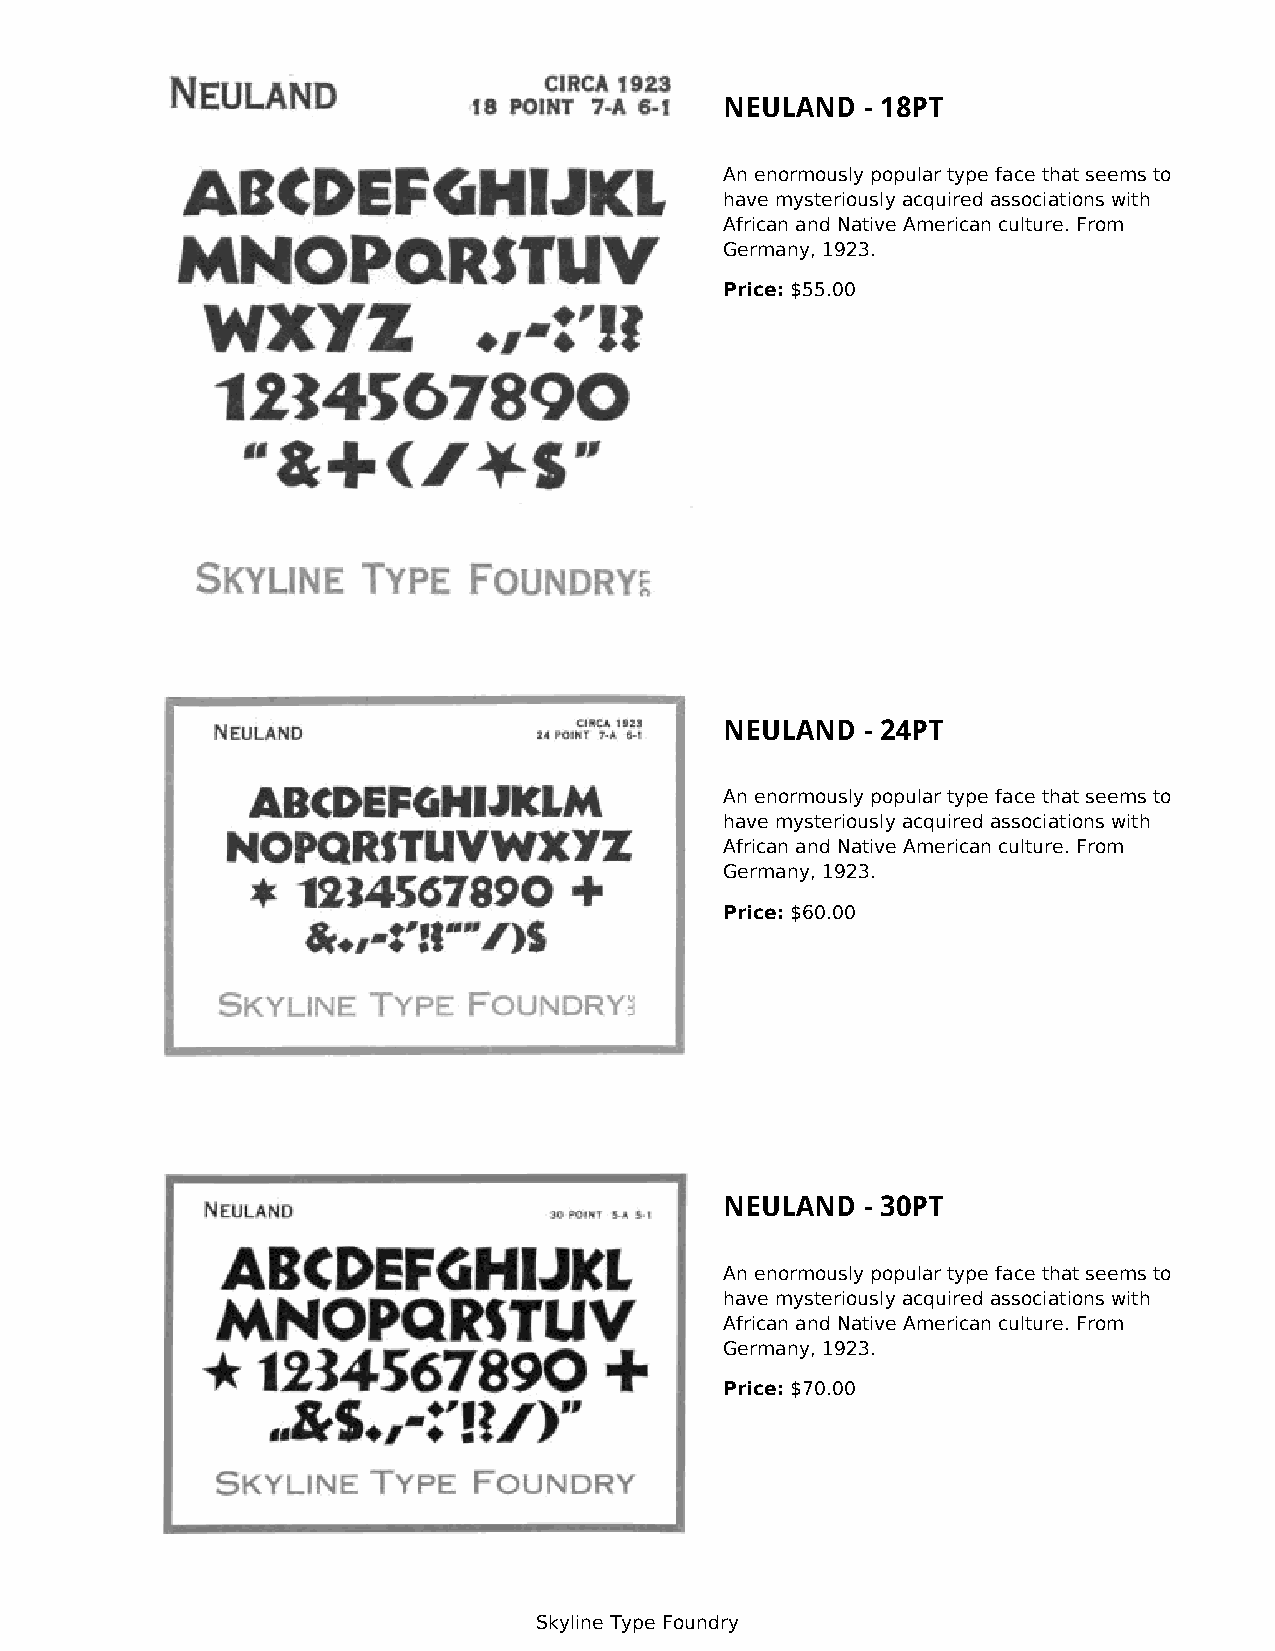
NEULAND  - 18PT
 An enormously popular type face that seems to
 have mysteriously acquired associations with
 African and Native American culture. From
 Germany, 1923.
 Price: $55.00
 NEULAND  - 24PT
 An enormously popular type face that seems to
 have mysteriously acquired associations with
 African and Native American culture. From
 Germany, 1923.
 Price: $60.00
 NEULAND  - 30PT
 An enormously popular type face that seems to
 have mysteriously acquired associations with
 African and Native American culture. From
 Germany, 1923.
 Price: $70.00
 Skyline Type Foundry